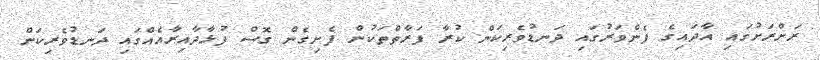
ރަށްރަށުގައި އާދައިގެ ފެންވަރުގައި ދަނޑުވެރިކަން ކުރާ ފަރާތްތަކުން ފެށިގެން ގޮސް ފުޅާދާއިރާއެއްގައި ދަނޑުވެރިކަން